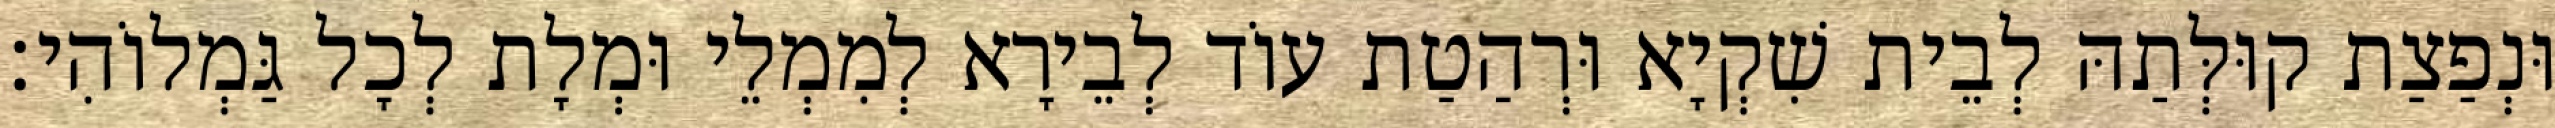
וּנְפַצַת קוּלְּתַהּ לְבֵית שִׁקְיָא וּרְהַטַת עוֹד לְבֵירָא לְמִמְלֵי וּמְלָת לְכָל גַּמְלוֹהִי׃